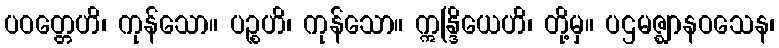
ပဝတ္တေဟိ၊ ကုန်သော။ ပဉ္စဟိ၊ ကုန်သော။ ဣန္ဒြိယေဟိ၊ တို့မှ။ ပဌမဇ္ဈာနဝသေန၊